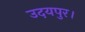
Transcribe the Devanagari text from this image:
उदयपुर।